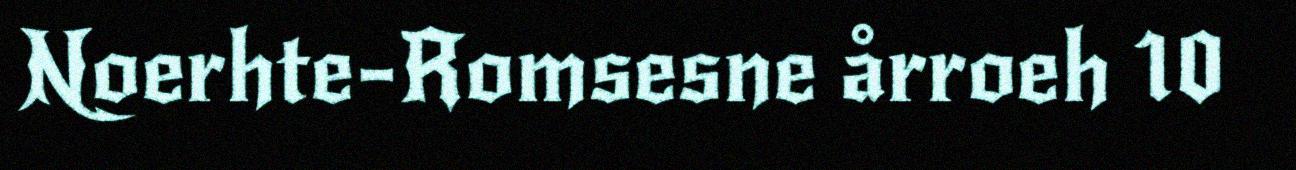
Noerhte-Romsesne årroeh 10